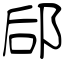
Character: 郈